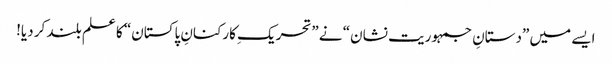
ایسے میں ”دستانِ جمہوریت نشان“ نے ”تحریکِ کارکنانِ پاکستان“ کا علم بلند کر دیا!